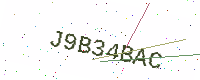
Text: J9B34BAC